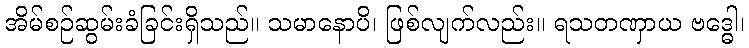
အိမ်စဉ်ဆွမ်းခံခြင်းရှိသည်။ သမာနောပိ၊ ဖြစ်လျက်လည်း။ ရသတဏှာယ ဗဒ္ဓေါ၊